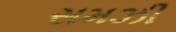
સમઝી